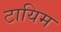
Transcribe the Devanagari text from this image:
टायिम